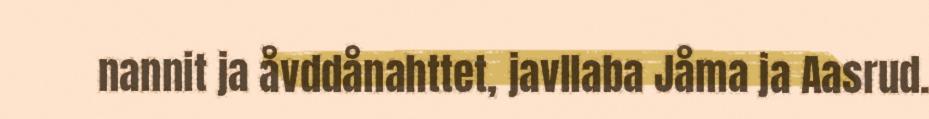
nannit ja åvddånahttet, javllaba Jåma ja Aasrud.